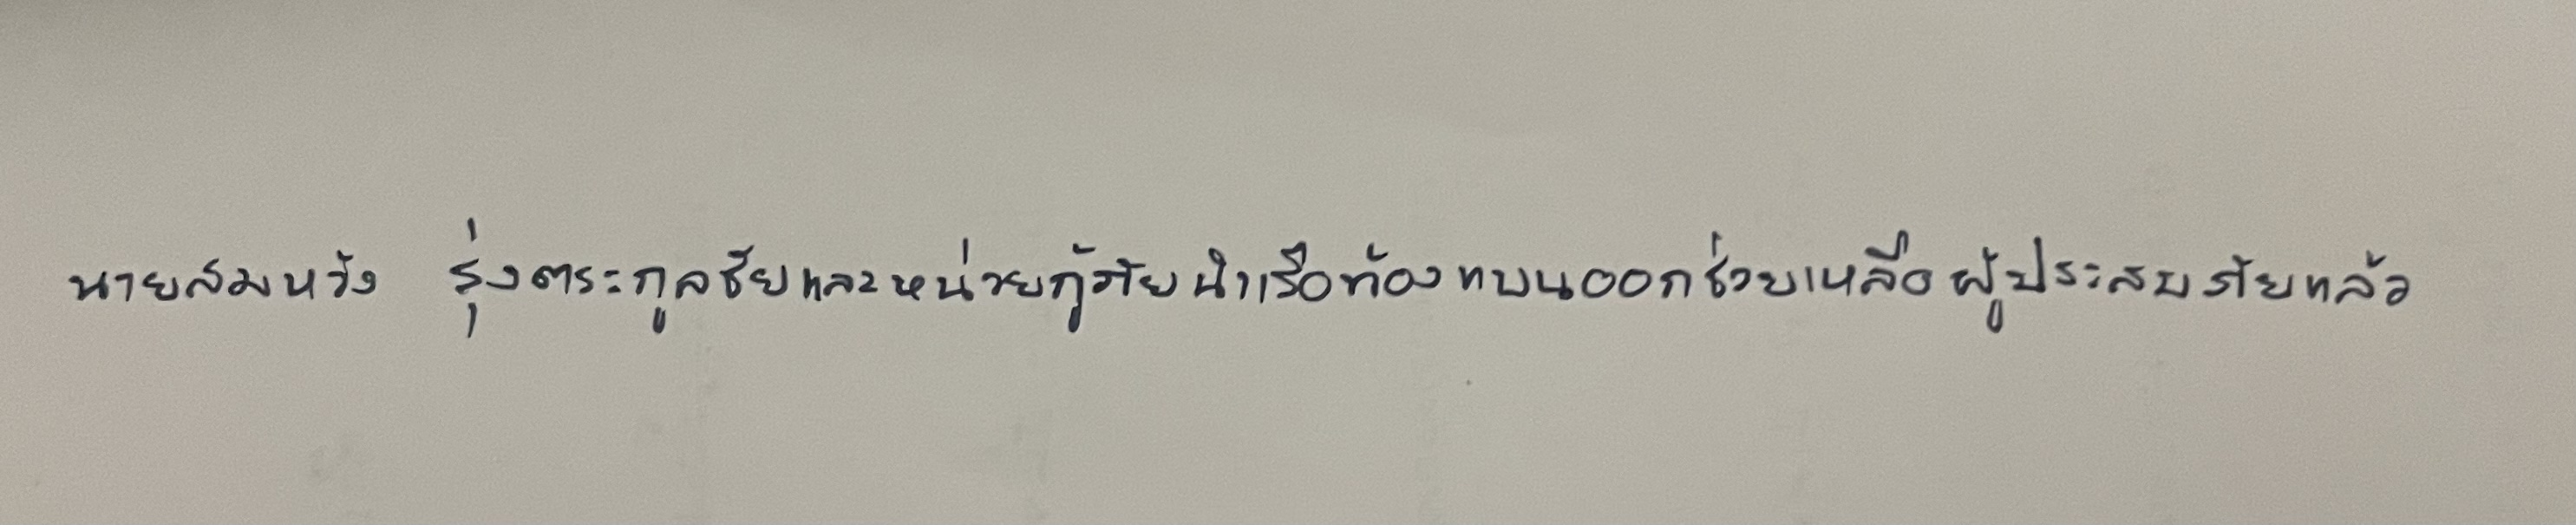
นายสมหวัง รุ่งตระกูลชัยและหน่วยกู้ภัยนำเรือท้องแบนออกช่วยเหลือผู้ประสบภัยแล้ว